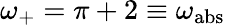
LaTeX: \omega_{+}=\pi+2\equiv\omega_{\mathrm{abs}}